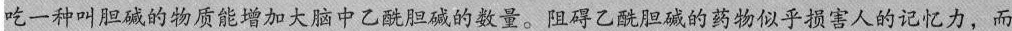
吃一种叫胆碱的物质能增加大脑中乙酰胆碱的数量。阻碍乙酰胆碱的药物似乎损害人的记忆力，而